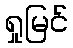
ရှုမြင်